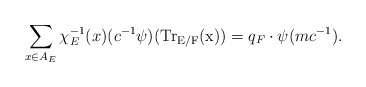
\begin{align*} \sum_{x\in A_E}\chi_E^{-1}(x)(c^{-1}\psi)(\rm{Tr}_{E/F}(x)) &=q_F\cdot \psi(mc^{-1}). \end{align*}